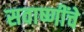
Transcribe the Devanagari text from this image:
सवाष्णींचे